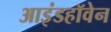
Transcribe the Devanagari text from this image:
आइंडहॉवेन